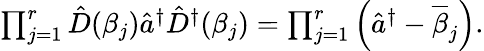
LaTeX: \begin{array}{r}{\prod_{j=1}^{r}\hat{D}(\beta_{j})\hat{a}^{\dagger}\hat{D}^{\dagger}(\beta_{j})=\prod_{j=1}^{r}\left(\hat{a}^{\dagger}-\overline{{\beta}}_{j}\right).}\end{array}